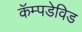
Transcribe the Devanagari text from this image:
कॅम्पडेविड